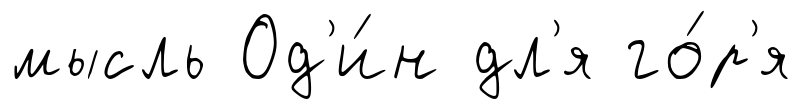
мысль Од'и́н дл'я го́р'я